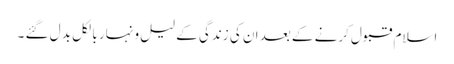
اسلام قبول کرنے کے بعد ان کی زندگی کے لیل و نہار بالکل بد ل گئے ۔